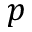
p